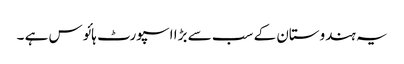
یہ ہندوستان کے سب سے بڑا اسپورٹ ہائوس ہے ۔